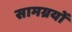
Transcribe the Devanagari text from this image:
सामग्रयों